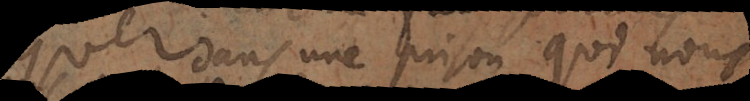
pas dans une prison qui nous